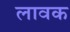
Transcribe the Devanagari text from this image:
लावक